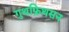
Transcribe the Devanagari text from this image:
गुथफ्रिथसन